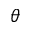
\theta